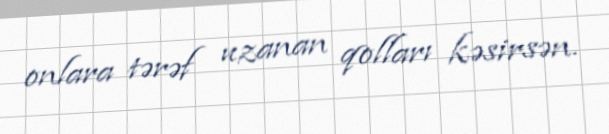
onlara tərəf uzanan qolları kəsirsən.